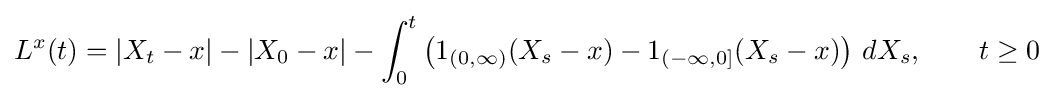
L^{x}(t)=|X_{t}-x|-|X_{0}-x|-\int _{0}^{t}\left(1_{(0,\infty )}(X_{s}-x)-1_{(-\infty ,0]}(X_{s}-x)\right)\,dX_{s},\qquad t\geq 0